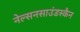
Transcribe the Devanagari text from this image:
नेल्सनसाउंडस्कैन